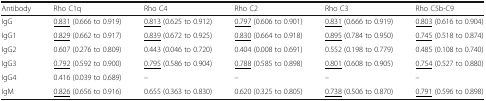
<table><thead><tr><td><b>Antibody</b></td><td><b>Rho C1q</b></td><td><b>Rho C4</b></td><td><b>Rho C2</b></td><td><b>Rho C3</b></td><td><b>Rho C5b-C9</b></td></tr></thead><tbody><tr><td>IgG</td><td><underline>0.831</underline> (0.666 to 0.919)</td><td><underline>0.813</underline> (0.625 to 0.912)</td><td><underline>0.797</underline> (0.606 to 0.901)</td><td><underline>0.831</underline> (0.666 to 0.919)</td><td><underline>0.803</underline> (0.616 to 0.904)</td></tr><tr><td>IgG1</td><td><underline>0.829</underline> (0.662 to 0.917)</td><td><underline>0.839</underline> (0.672 to 0.925)</td><td><underline>0.830</underline> (0.664 to 0.918)</td><td><underline>0.895</underline> (0.784 to 0.950)</td><td><underline>0.745</underline> (0.518 to 0.874)</td></tr><tr><td>IgG2</td><td>0.607 (0.276 to 0.809)</td><td>0.443 (0.046 to 0.720)</td><td>0.404 (0.008 to 0.691)</td><td>0.552 (0.198 to 0.779)</td><td>0.485 (0.108 to 0.740)</td></tr><tr><td>IgG3</td><td><underline>0.792</underline> (0.592 to 0.900)</td><td><underline>0.795</underline> (0.586 to 0.904)</td><td><underline>0.788</underline> (0.585 to 0.898)</td><td><underline>0.801</underline> (0.608 to 0.905)</td><td><underline>0.754</underline> (0.527 to 0.880)</td></tr><tr><td>IgG4</td><td>0.416 (0.039 to 0.689)</td><td>–</td><td>–</td><td>–</td><td>–</td></tr><tr><td>IgM</td><td><underline>0.826</underline> (0.656 to 0.916)</td><td>0.655 (0.363 to 0.830)</td><td>0.620 (0.325 to 0.805)</td><td><underline>0.738</underline> (0.506 to 0.870)</td><td><underline>0.791</underline> (0.596 to 0.898)</td></tr></tbody></table>